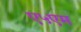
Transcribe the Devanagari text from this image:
ए५एम